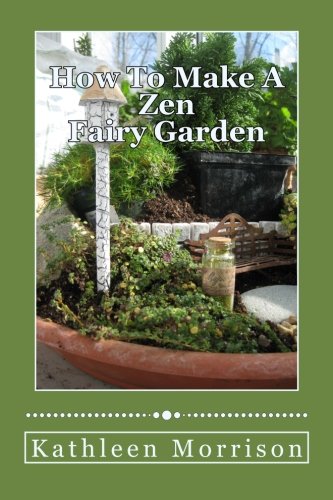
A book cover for How To Make A Zen Fairy Garden; Kathleen Morrison; Crafts, Hobbies & Home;